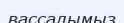
вассалымыз